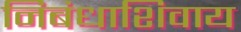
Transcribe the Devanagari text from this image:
निबंधाशिवाय